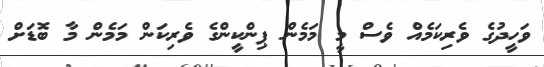
ވަހީދުގެ ވެރިކަމެއް ވެސް މީ މަމެން ޕިންކީންގެ ވެރިކަން މަމެން މާ ބޮޑަށް